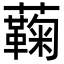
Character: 蘜